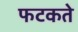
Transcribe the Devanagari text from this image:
फटकते